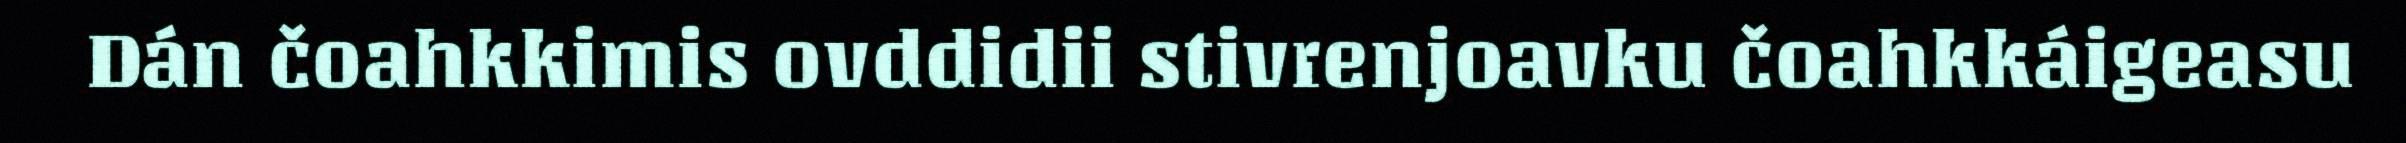
Dán čoahkkimis ovddidii stivrenjoavku čoahkkáigeasu